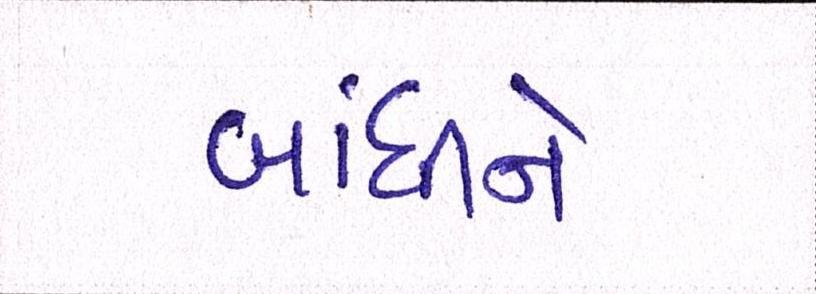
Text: બાંધીને